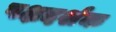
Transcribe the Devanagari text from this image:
पक्षदर्शक